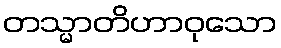
တသ္မာတိဟာဝုသော